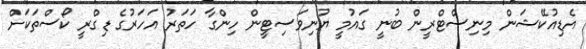
އެޑިއުކޭޝަން މިނިސްޓްރީން ބުނީ ގައުމީ ޔުނިވަސިޓީން ހިންގާ ހަތަރު އަހަރުގެ ޑިގްރީ ކޯސްތަކަށް